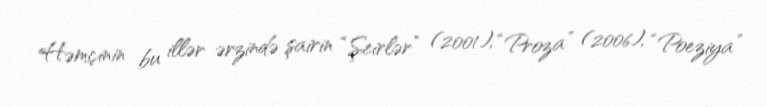
Həmçinin bu illər ərzində şairin “Şeirlər” (2001), “Proza” (2006), “Poeziya”